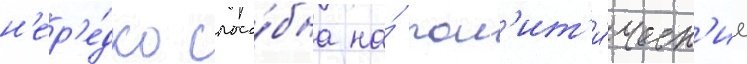
н'ер'е́дко спосо́бна на́ пол'ит'и́ческ'ие